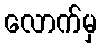
လောက်မှ